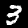
Digit: 3